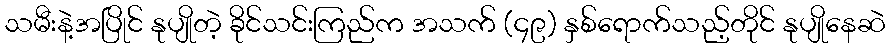
သမီးနဲ့အပြိုင် နုပျိုတဲ့ ခိုင်သင်းကြည်က အသက် (၄၉) နှစ်ရောက်သည့်တိုင် နုပျိုနေဆဲ